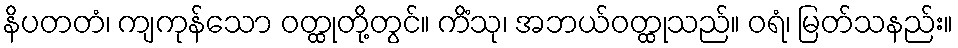
နိပတတံ၊ ကျကုန်သော ဝတ္ထုတို့တွင်။ ကိံသု၊ အဘယ်ဝတ္ထုသည်။ ဝရံ၊ မြတ်သနည်း။